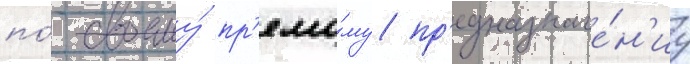
по́ своему́ пр'ямо́му пр'едназначе́н'иу